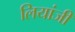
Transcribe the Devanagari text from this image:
लियांजी